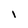
Character: l